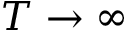
T \to \infty